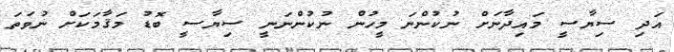
އަދި ސިޔާސީ މައިދާނަށް ނުކުންނަ މީހުން ނުކުންނަނީ ސިޔާސީ ބޮޑު މަޤާމަކަށް ނުވަތަ